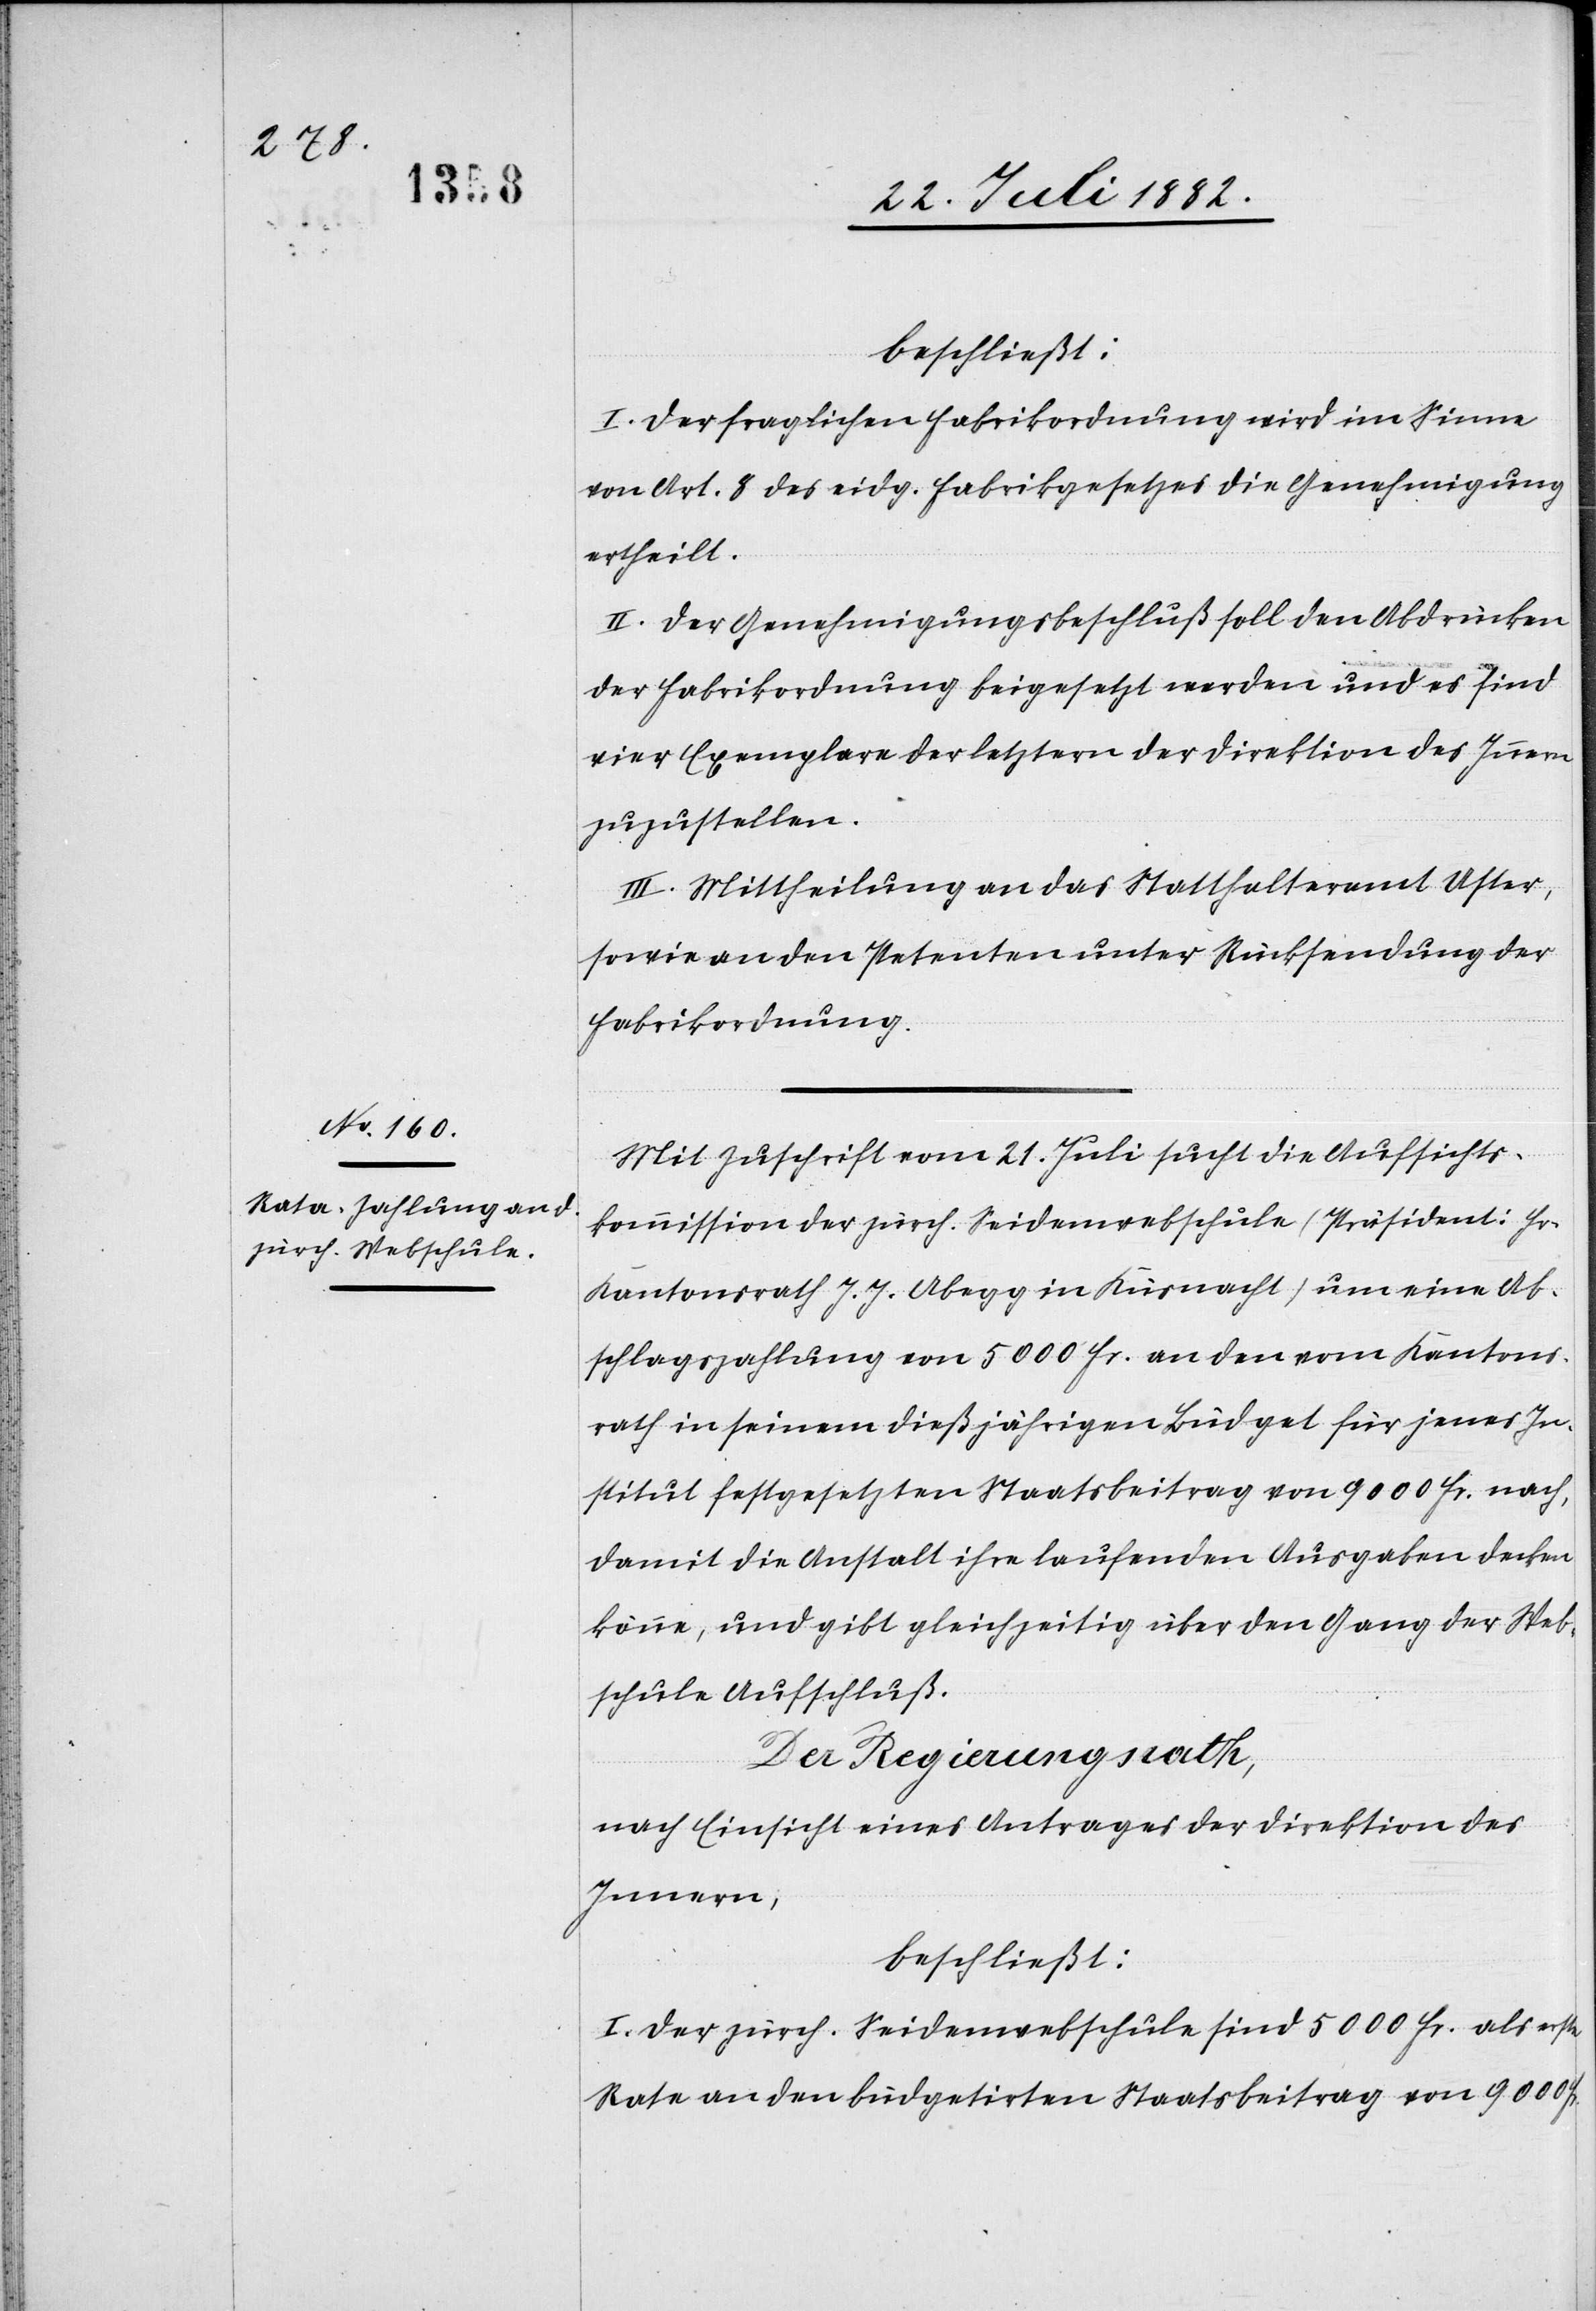
beschließt:
I. Der fraglichen Fabrikordnung wird im Sinne
von Art. 8 des eidg. Fabrikgesetzes die Genehmigung
ertheilt.
II. Der Genehmigungsbeschluß soll den Abdrücken
der Fabrikordnung beigesetzt werden und es sind
vier Exemplare der letztern der Direktion des Innern
zuzustellen.
III. Mittheilung an das Statthalteramt Uster,
sowie an den Petenten unter Rücksendung der
Fabrikordnung.
Mit Zuschrift vom 21. Juli sucht die Aufsichts¬
kommission der zürch. Seidenwebschule (Präsident: Hr.
Kantonsrath J. J. Abegg in Küsnacht) um eine Ab¬
schlagszahlung von 5000 Fr. an den vom Kantons¬
rath in seinem dießjährigen Büdget für jenes In¬
stitut festgesetzten Staatsbeitrag von 9000 Fr. nach,
damit die Anstalt ihre laufenden Ausgaben decken
könne, und gibt gleichzeitig über den Gang der Web¬
schule Aufschluß.
Der Regierungsrath,
nach Einsicht eines Antrages der Direktion des
Innern,
beschließt:
I. Der zürch. Seidenwebschule sind 5000 Fr. als erste
Rate an den büdgetirten Staatsbeitrag von 9000 Fr.